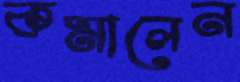
কমালেন